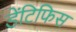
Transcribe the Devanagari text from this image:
डेंटिफिस